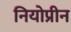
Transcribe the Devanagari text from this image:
नियोप्रीन